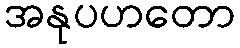
အနုပဟတော